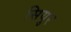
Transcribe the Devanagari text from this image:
सियुर